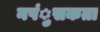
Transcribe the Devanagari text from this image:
नपंुसकता